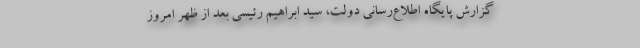
گزارش پایگاه اطلاع‌رسانی دولت، سید ابراهیم رئیسی بعد از ظهر امروز